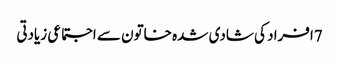
7افراد کی شادی شدہ خاتون سے اجتماعی زیادتی